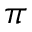
\pi